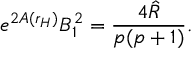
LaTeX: e ^ { 2 A ( r _ { H } ) } B _ { 1 } ^ { 2 } = \frac { 4 \hat { R } } { p ( p + 1 ) } .